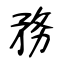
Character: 務